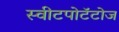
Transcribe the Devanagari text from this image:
स्वीटपोटॅटोज